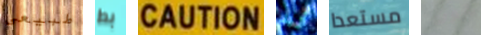
طبيعى بط CAUTION أريد مستعدا شون